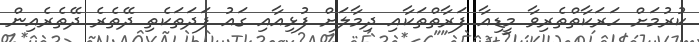
ކުރުމަށް ހަރަކާތްތެރިވާ މީޑިއާ ފަރާތްތަކާއި ދިމާލަށް ފުޅިއާއި ގައު ފަދަތަކެތި ދޭތެރެ ދޭތެރެއިން